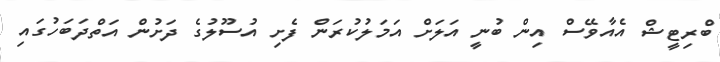
ބްރިޓީޝް އެއާވޭސް އިން ބުނީ އަލަށް އަމަލުކުރަން ފެށި އުސޫލުގެ ދަށުން އަތްދަބަހުގައި